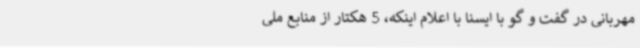
مهربانی در گفت و گو با ایسنا با اعلام اینکه، 5 هکتار از منابع ملی